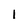
Character: 1